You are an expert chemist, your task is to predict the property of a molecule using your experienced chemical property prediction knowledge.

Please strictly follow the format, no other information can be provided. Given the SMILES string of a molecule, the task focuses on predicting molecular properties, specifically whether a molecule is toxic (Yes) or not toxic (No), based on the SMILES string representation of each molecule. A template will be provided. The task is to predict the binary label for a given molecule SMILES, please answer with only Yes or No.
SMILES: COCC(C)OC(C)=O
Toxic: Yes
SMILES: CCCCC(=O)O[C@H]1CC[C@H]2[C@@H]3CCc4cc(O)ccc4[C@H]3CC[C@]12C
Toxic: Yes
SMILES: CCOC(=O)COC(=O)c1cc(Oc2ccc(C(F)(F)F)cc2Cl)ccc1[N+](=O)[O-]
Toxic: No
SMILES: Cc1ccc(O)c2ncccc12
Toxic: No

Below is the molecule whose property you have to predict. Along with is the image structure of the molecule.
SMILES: CCC(Cl)[N+](=O)[O-]
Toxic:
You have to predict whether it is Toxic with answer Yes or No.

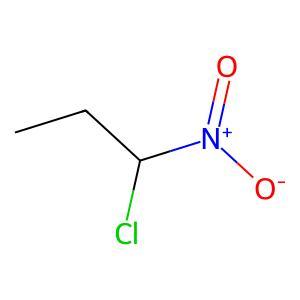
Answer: No